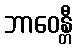
ဘာဝေန္တီ